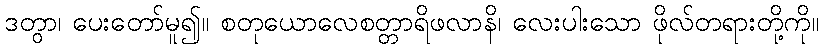
ဒတွာ၊ ပေးတော်မူ၍။ စတုယောလေစတ္တာရိဖလာနိ၊ လေးပါးသော ဖိုလ်တရားတို့ကို။